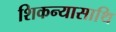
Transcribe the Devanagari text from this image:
शिकन्यासाथि